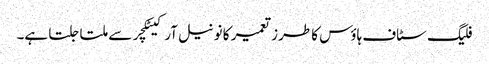
فلیگ سٹاف ہاؤس کا طرز تعمیر کا نونیل آرکیٹکچر سے ملتا جلتا ہے۔